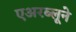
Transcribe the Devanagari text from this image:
एअरब्लूने